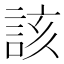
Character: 該